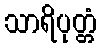
သာရိပုတ္တံ